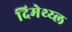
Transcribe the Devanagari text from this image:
दिमेथ्य्ल